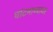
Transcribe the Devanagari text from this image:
घांटमाथ्यावर